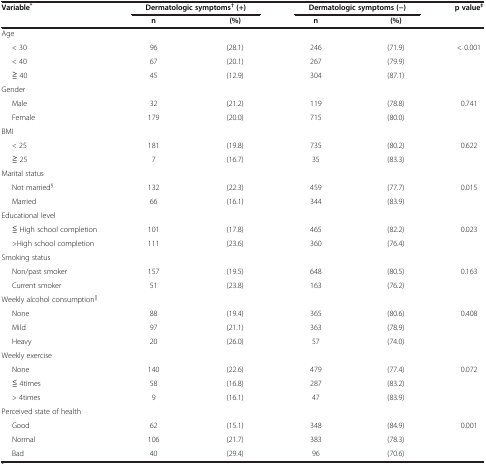
| <ROWSPAN=2> Variable* | <COLSPAN=2> Dermatologic symptoms†(+) | <COLSPAN=2> Dermatologic symptoms (−) | <ROWSPAN=2> p value‡ |
 | n | (%) | n | (%) |
 | --- | --- | --- | --- | --- | --- |
 | <COLSPAN=6> Age |
 | < 30 | 96 | (28.1) | 246 | (71.9) | < 0.001 |
 | < 40 | 67 | (20.1) | 267 | (79.9) |  |
 | ≧ 40 | 45 | (12.9) | 304 | (87.1) |  |
 | <COLSPAN=6> Gender |
 | Male | 32 | (21.2) | 119 | (78.8) | 0.741 |
 | Female | 179 | (20.0) | 715 | (80.0) |  |
 | <COLSPAN=6> BMI |
 | < 25 | 181 | (19.8) | 735 | (80.2) | 0.622 |
 | ≧ 25 | 7 | (16.7) | 35 | (83.3) |  |
 | <COLSPAN=6> Marital status |
 | Not married§ | 132 | (22.3) | 459 | (77.7) | 0.015 |
 | Married | 66 | (16.1) | 344 | (83.9) |  |
 | <COLSPAN=6> Educational level |
 | ≦ High school completion | 101 | (17.8) | 465 | (82.2) | 0.023 |
 | >High school completion | 111 | (23.6) | 360 | (76.4) |  |
 | <COLSPAN=6> Smoking status |
 | Non/past smoker | 157 | (19.5) | 648 | (80.5) | 0.163 |
 | Current smoker | 51 | (23.8) | 163 | (76.2) |  |
 | <COLSPAN=6> Weekly alcohol consumption|| |
 | None | 88 | (19.4) | 365 | (80.6) | 0.408 |
 | Mild | 97 | (21.1) | 363 | (78.9) |  |
 | Heavy | 20 | (26.0) | 57 | (74.0) |  |
 | <COLSPAN=6> Weekly exercise |
 | None | 140 | (22.6) | 479 | (77.4) | 0.072 |
 | ≦ 4times | 58 | (16.8) | 287 | (83.2) |  |
 | > 4times | 9 | (16.1) | 47 | (83.9) |  |
 | <COLSPAN=6> Perceived state of health |
 | Good | 62 | (15.1) | 348 | (84.9) | 0.001 |
 | Normal | 106 | (21.7) | 383 | (78.3) |  |
 | Bad | 40 | (29.4) | 96 | (70.6) |  |